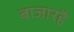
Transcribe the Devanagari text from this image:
बाजारहै